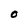
Character: 0